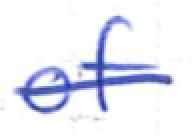
Text: of
Cross-out: single-line
Writing tool: ballpoint